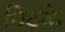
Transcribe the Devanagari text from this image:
ठिठके